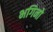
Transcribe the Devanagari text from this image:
भगिनो